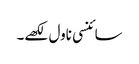
سائنسی ناول لکھے۔